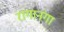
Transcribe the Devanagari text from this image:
रागानंगा